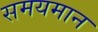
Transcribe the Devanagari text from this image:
समयमान